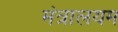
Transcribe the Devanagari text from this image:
मंत्रालयम